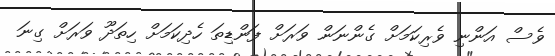
ވެސް އަންނި ވެރިކަމަށް ގެންނަން ވަރަށް ފަންޑިތަ ހެދިކަމަށް ހިތަދޫ ވަރަށް ގިނަ